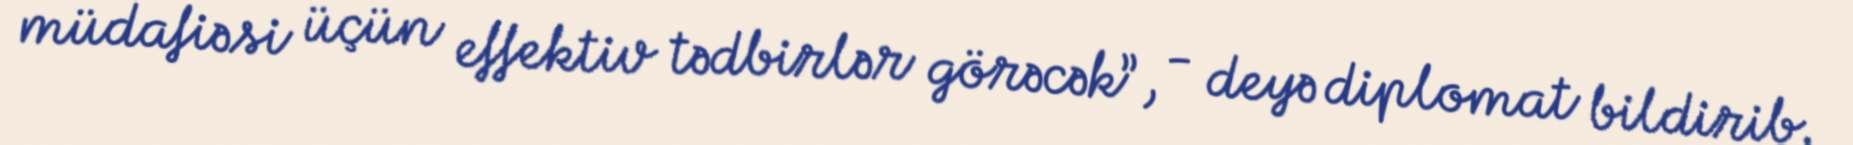
müdafiəsi üçün effektiv tədbirlər görəcək”, - deyə diplomat bildirib.